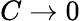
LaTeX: C\to 0